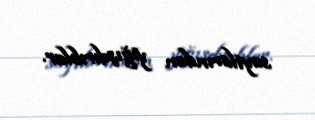
saytlarından yığışdırıblar.